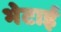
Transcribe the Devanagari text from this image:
भेटाई